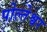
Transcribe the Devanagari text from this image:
पोल्तेश्वर